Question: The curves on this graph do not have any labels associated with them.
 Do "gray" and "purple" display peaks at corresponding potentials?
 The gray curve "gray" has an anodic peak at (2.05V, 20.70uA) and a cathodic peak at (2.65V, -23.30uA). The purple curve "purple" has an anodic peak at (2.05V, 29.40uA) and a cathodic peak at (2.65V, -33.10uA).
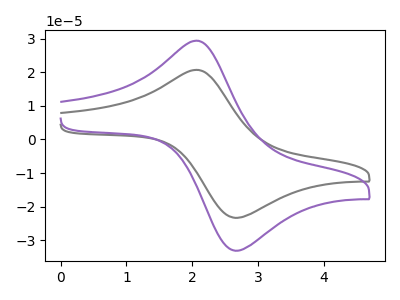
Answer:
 <answer>Yes, "gray" have a peak in "purple" at the same potential.</answer>
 <eval>match</eval>